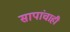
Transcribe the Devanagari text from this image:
सापांचाही